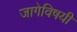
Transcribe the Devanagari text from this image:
जागेविषयी